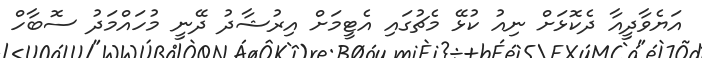
އަޔެވާދީއާ ދެކޮޅަށް ނިއު ކުޅޭ މެޗުގައި އެޓީމަށް އިރުޝާދު ދޭނީ މުހައްމަދު ސޮބާހް